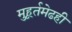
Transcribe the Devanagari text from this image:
मुहूर्तमेढही